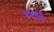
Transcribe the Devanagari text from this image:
ददामि